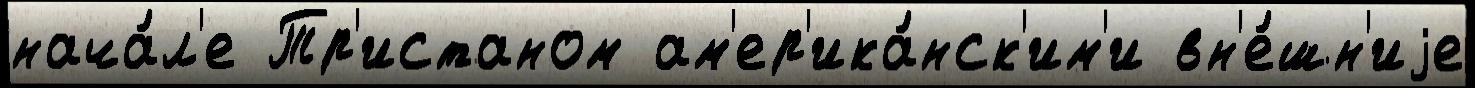
нача́л'е Тр'истаном ам'ер'ика́нск'им'и вн'е́шн'иjе